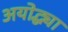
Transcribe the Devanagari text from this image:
अयोद्ध्या